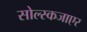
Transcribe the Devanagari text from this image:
सोल्स्कजाएर